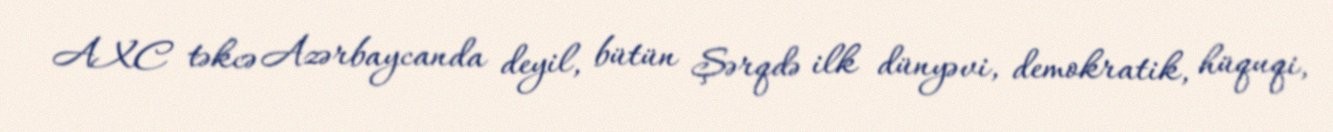
AXC təkcə Azərbaycanda deyil, bütün Şərqdə ilk dünyəvi, demokratik, hüquqi,